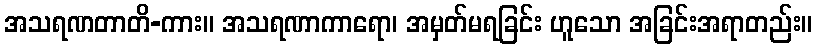
အသရဏတာတိ-ကား။ အသရဏာကာရော၊ အမှတ်မရခြင်း ဟူသော အခြင်းအရာတည်း။